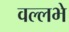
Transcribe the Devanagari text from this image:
वल्लभे